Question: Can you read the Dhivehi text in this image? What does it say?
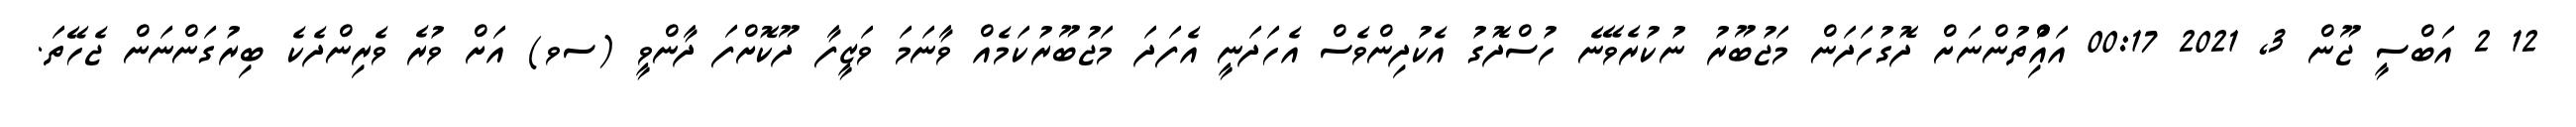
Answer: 12 2 އަބްސީ ޖޫން 3, 2021 00:17 އައްުިތުންނަށް ދޮގުހަދަން މަޖުބޫރު ނުކުރެވޭނެ ހުސްދޮގު އެކުދިންވެސް އެހަދަނީ އެފަދަ މަޖުބޫރުކަމެއް ވާނަމަ ވަޒީފާ ދޫކޮށްފަ ދާންވީ (ސވ) އަށް ވުރެ ވެރިންދެކެ ބިރުގަންނަން ޖެހޭތަ.